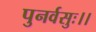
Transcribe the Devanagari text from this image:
पुनर्वसुः।।